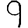
Digit: 9